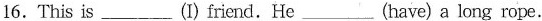
16.This is ___ (I)friend.He ___ (have) a long rope.